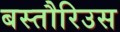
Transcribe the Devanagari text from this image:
बस्तौरिउस